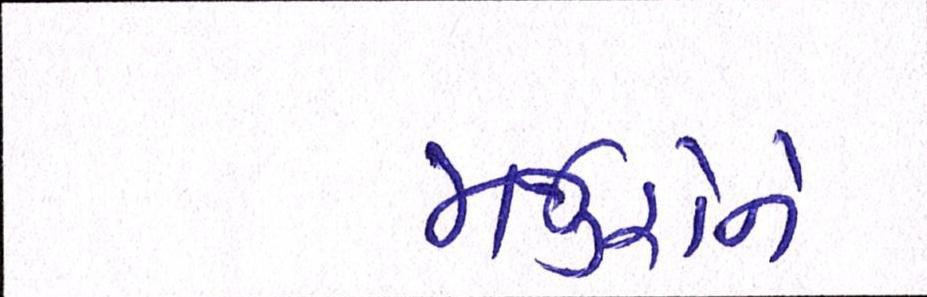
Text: મજુરોને